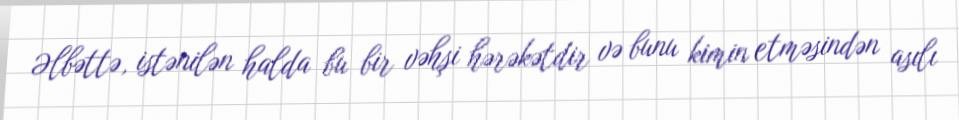
Əlbəttə, istənilən halda bu bir vəhşi hərəkətdir və bunu kimin etməsindən asılı